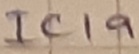
Text: IC1a